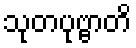
သုတပုဗ္ဗာတိ